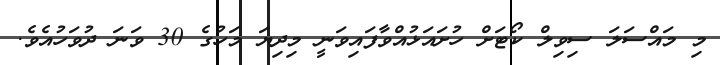
މި މައްސަލަ ސިވިލް ކޯޓަށް ހުށައަޅުއްވާފައިވަނީ މިދިޔަ މަހުގެ 30 ވަނަ ދުވަހުއެވެ.